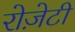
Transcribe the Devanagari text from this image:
रोज़ेटी